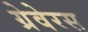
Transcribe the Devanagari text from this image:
ग्रेवेरस